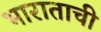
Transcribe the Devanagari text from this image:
भाराताची